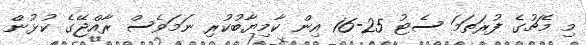
މި މެޗުގެ ފުރަތަމަ ސެޓު 25-16 އިން ކާމިޔާބުކުރި ނަމަވެސް ރާއްޖޭގެ ކުޅުން